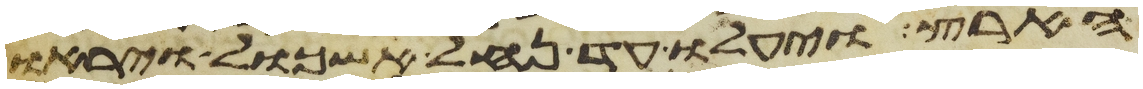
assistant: הארץ ויעלו עד נחל אשכול ויראו